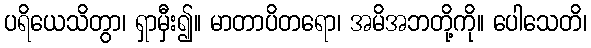
ပရိယေသိတွာ၊ ရှာမှီး၍။ မာတာပိတရော၊ အမိအဘတို့ကို။ ပေါသေတိ၊